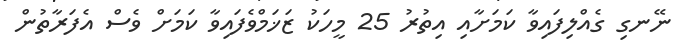
ނޭނގި ގެއްލިފައިވާ ކަމަށާއި އިތުރު 25 މީހަކު ޒަޚަމްވެފައިވާ ކަމަށް ވެސް އެފަރާތުން